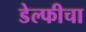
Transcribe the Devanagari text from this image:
डेल्फीचा